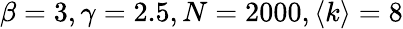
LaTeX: \beta=3,\gamma=2.5,N=2000,\left<k\right>=8